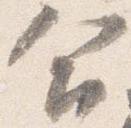
合